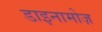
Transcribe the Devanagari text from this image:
डाइनामोज़